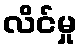
လိင်မှု